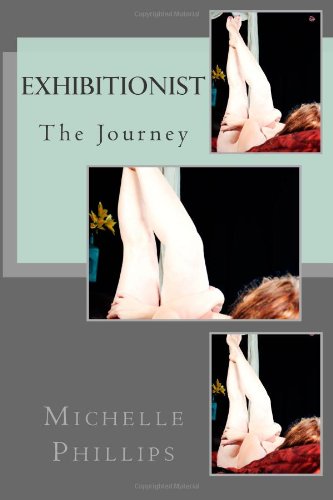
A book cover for Exhibitionist; Michelle Phillips; Romance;